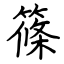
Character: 篠